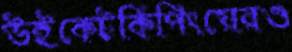
উইকেটকিপিংয়েরও